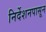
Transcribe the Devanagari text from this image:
निर्देशनपासून